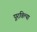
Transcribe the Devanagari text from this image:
पूरविल्या